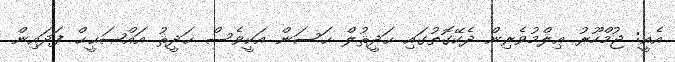
އެއީ: ޖުމްހޫރު ޢިލްމުވެރިން ދެކޭގޮތުގައި ޙަދީޘުލް ޙަސަން އަކީވެސް ޙަދީޘު އައްޞަޙީޙް ފަދައިން